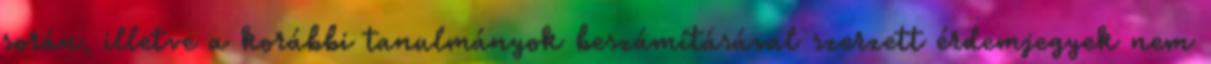
során, illetve a korábbi tanulmányok beszámításával szerzett érdemjegyek nem